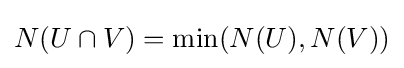
N(U\cap V)=\min(N(U),N(V))